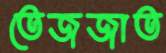
তেজজাত